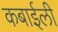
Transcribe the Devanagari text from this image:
कबाईली